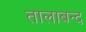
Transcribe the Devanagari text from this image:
तालाबन्द